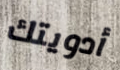
أدويتك